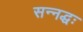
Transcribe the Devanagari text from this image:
सन्नद्धः